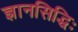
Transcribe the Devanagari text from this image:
ज्ञानसिद्धिः